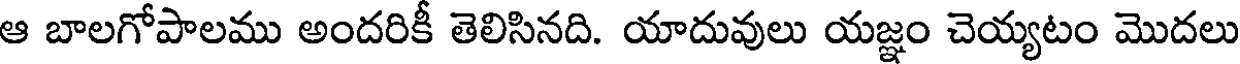
ఆ బాలగోపాలము అందరికీ తెలిసినది. యాదువులు యజ్ఞం చెయ్యటం మొదలు